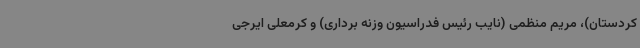
کردستان)، مریم منظمی (نایب رئیس فدراسیون وزنه برداری) و کرمعلی ایرجی